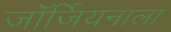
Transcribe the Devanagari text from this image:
जॉर्जियनाला